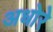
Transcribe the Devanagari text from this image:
अधोरे